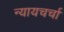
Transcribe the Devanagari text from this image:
न्यायचर्चा